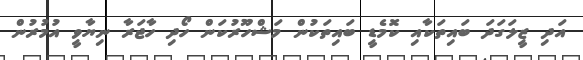
އަދި ޒީލަގަދަ ބައިތަކާއި ކޮމެޑީ ބައިތަކުން މަޝްހޫރުކަން ހޯދި ހާޖަރާ ނިޔާވީ އުމުރުން